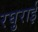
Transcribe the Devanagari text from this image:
रघुराई